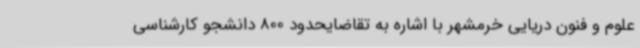
علوم و فنون دریایی خرمشهر با اشاره به تقاضایحدود 800 دانشجو کارشناسی